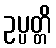
ဥပ္ပတ္တိ